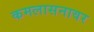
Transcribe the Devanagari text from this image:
कमलासनावर